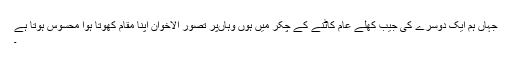
جہاں ہم ایک دوسرے کی جیب کھلے عام کاٹنے کے چکر میں ہوں وہاںپر تصور الاخوان اپنا مقام کھوتا ہوا محسوس ہوتا ہے
۔